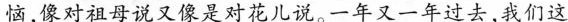
恼，像对祖母说又像是对花儿说。一年又一年过去，我们这